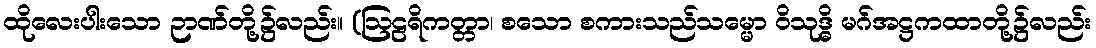
ထိုလေးပါးသော ဉာဏ်တို့၌လည်း။ (ဩဠရိကတ္တာ၊ စသော စကားသည်သမ္မော ဝိသုဒ္ဓိ မဂ်အဋ္ဌကထာတို့၌လည်း